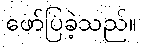
ဖော်ပြခဲ့သည်။